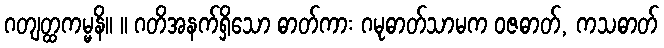
ဂတျတ္ထကမ္မနိ။ ။ ဂတိအနက်ရှိသော ဓာတ်ကား ဂမုဓာတ်သာမက ဝဇဓာတ်, ကသဓာတ်